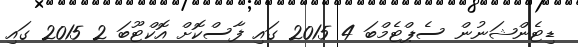
ޑިޓެންޝަނުން ސެޕްޓެމްބަ 4 2015 ގައި ފާސްކޮށް އޮކްޓޫބަ 2 2015 ގައި